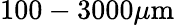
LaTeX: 100-3000\mu\textrm{m}